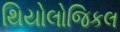
થિયોલોજિકલ